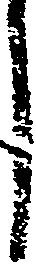
し